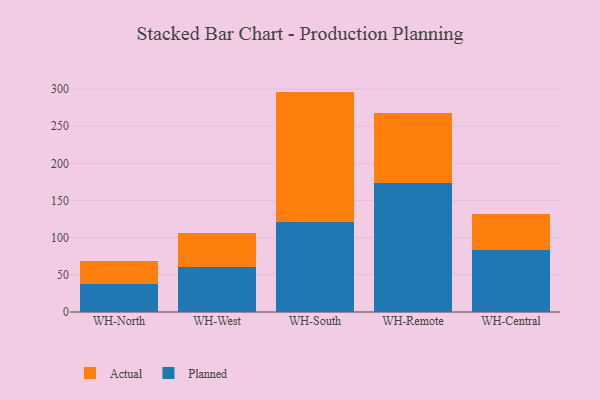
{"axis": {"x": "Warehouse", "y": "Website Visitors"}, "legend": ["Actual", "Planned"], "data": [{"x": "WH-North", "y": 37.1, "type": "Planned"}, {"x": "WH-North", "y": 31.4, "type": "Actual"}, {"x": "WH-West", "y": 60.3, "type": "Planned"}, {"x": "WH-West", "y": 46.0, "type": "Actual"}, {"x": "WH-South", "y": 121.4, "type": "Planned"}, {"x": "WH-South", "y": 175.3, "type": "Actual"}, {"x": "WH-Remote", "y": 173.7, "type": "Planned"}, {"x": "WH-Remote", "y": 94.4, "type": "Actual"}, {"x": "WH-Central", "y": 83.8, "type": "Planned"}, {"x": "WH-Central", "y": 48.4, "type": "Actual"}]}